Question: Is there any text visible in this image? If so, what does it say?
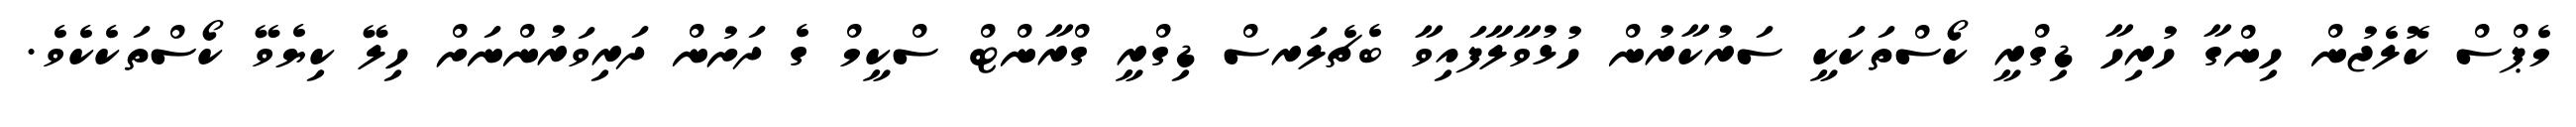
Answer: މެޕްސް ކޮލެޖުން ހިންގާ ހުރިހާ ޑިގްރީ ކޯސްތަކަކީ ސަރުކާރުން ހުޅުވާލާފައިވާ ބެޗެލަރސް ޑިގްރީ ގްރާންޓް ސްކީމް ގެ ދަށުން ދަރިވަރުންނަށް ހިލޭ ކިޔެވޭ ކޯސްތަކެކެވެ.